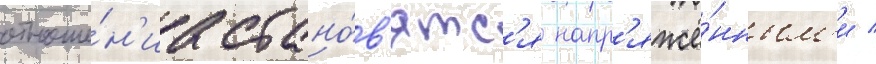
отноше́н'иа стано́в'ятс'я напр'яжё́нным'и /